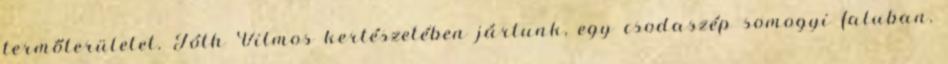
termőterületet. Tóth Vilmos kertészetében jártunk, egy csodaszép somogyi faluban,